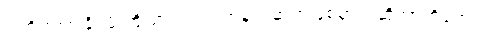
ဒါကိုကုစားနိုင်ဖို့ကြိုးစားရင်း ဘာတွေဆက်ဖြစ်မှာလဲဆိုတာကိုတော့